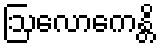
ဩလောကေန္တိ